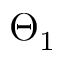
\Theta _ { 1 }